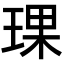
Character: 𬍯